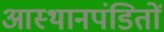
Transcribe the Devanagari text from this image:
आस्थानपंडितों